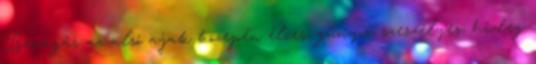
Bevágás az alsó ajak közepén élces, gúnyos, szeszélyes, hideg